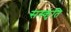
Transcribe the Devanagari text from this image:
सस्कृंति